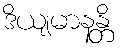
ဒိယျမာနန္တိ